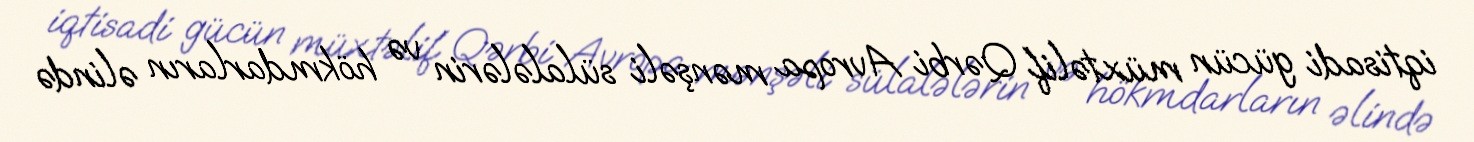
iqtisadi gücün müxtəlif Qərbi Avropa mənşəli sülalələrin və hökmdarların əlində